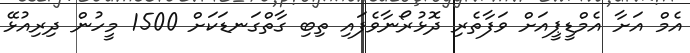
އެމް އަށާ އެމްޑީޕީއަށް ވަފާތެރި ދޮޅުރޯނާވެފައި ތިބި ގާތްގަނޑަކަށް 1500 މީހުން ދިރިއުޅޭ